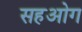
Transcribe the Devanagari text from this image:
सहओग